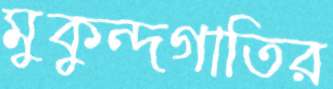
মুকুন্দগাতির